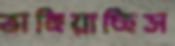
ভাঙ্গিয়াছিস